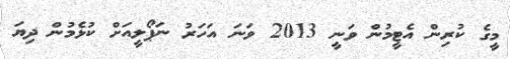
މީގެ ކުރިން އެޓީމުން ވަނީ 2013 ވަނަ އަހަރު ނަޕޯލީއަށް ކުޅެމުން ދިޔަ